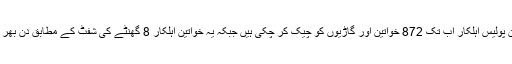
واضح رہے کہ یہ خواتین پولیس اہلکار اب تک 872 خواتین اور گاڑیوں کو چیک کر چکی ہیں جبکہ یہ خواتین اہلکار 8 گھنٹے کی شفٹ کے مطابق دن بھر اپنی ڈیوٹی انجام دیں گی۔